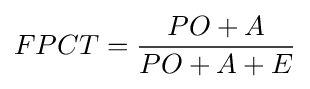
FPCT={\frac {PO+A}{PO+A+E}}